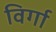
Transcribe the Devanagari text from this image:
विर्गा